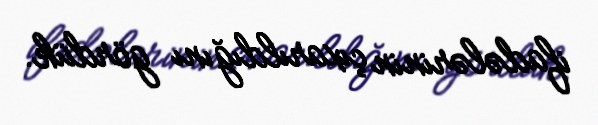
ifadələrinin çıxarıldığını gördük.